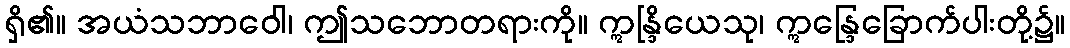
ရှိ၏။ အယံသဘာဝေါ၊ ဤသဘောတရားကို။ ဣန္ဒြိယေသု၊ ဣန္ဒြေခြောက်ပါးတို့၌။